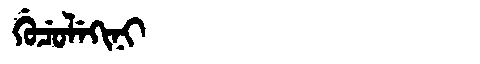
Manchu: ᡤᡠᠴᡠᠯᡝᡴᡳᠨᡳ
Romanization: GUCULEKINI